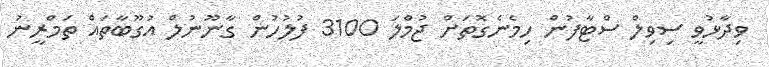
ވިދާޅުވީ ސިވިލް ސްޓާފުން ހިމެނެގޮތަށް ޖުމްލަ 3100 ފުލުހުން ގާނޫނުލް އުގޫބާތައް ތަމްރީނު